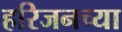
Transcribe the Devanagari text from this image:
हरिजनच्या